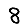
Digit: 8